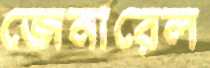
জেনারেল